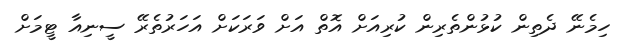
ހިމެނޭ ދެތިން ކުޅުންތެރިން ކުރިއަށް އޮތް އަށް ވަރަކަށް އަހަރުތެރޭ ސީނިއާ ޓީމަށް